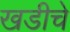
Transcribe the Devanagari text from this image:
खडीचे